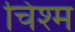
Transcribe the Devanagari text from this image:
चिश्म